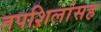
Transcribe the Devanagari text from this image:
तपशिलांसह